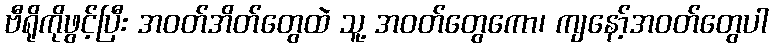
ဗီရိုကိုဖွင့်ပြီး အဝတ်အိတ်တွေထဲ သူ့ အဝတ်တွေကော၊ ကျနော့်အဝတ်တွေပါ